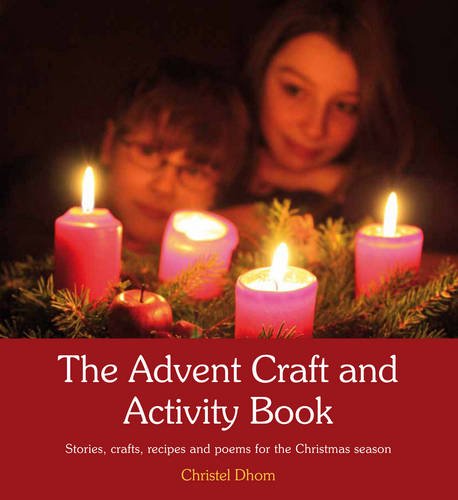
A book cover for The Advent Craft and Activity Book: Stories, Crafts, Recipes and Poems for the Christmas Season; Christel Dhom; Cookbooks, Food & Wine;